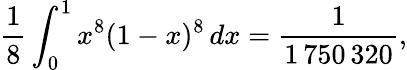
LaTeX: {\frac{1}{8}}\int_{0}^{1}x^{8}(1-x)^{8}\, dx={\frac{1}{1\, 750\, 320}},